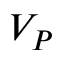
V _ { P }